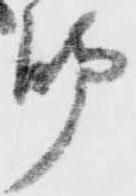
脚